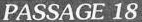
PASSAGE 18